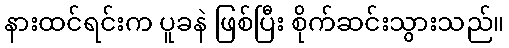
နားထင်ရင်းက ပူခနဲ ဖြစ်ပြီး စိုက်ဆင်းသွားသည်။